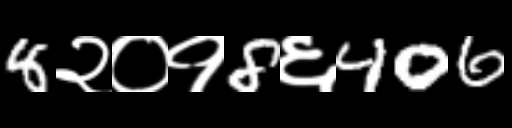
Text: 8२०१8६406